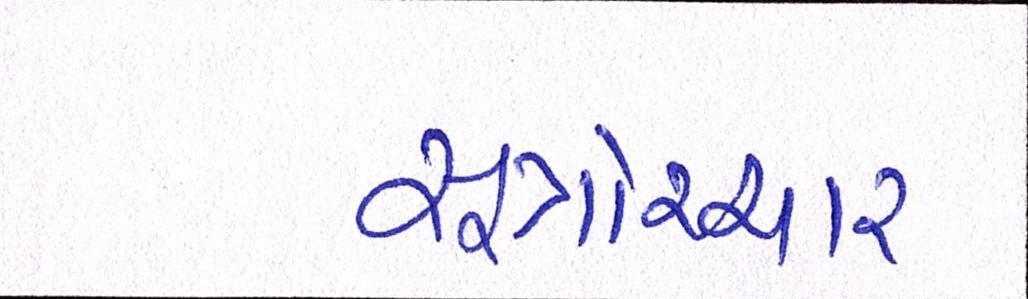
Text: સૂત્રોચ્ચાર